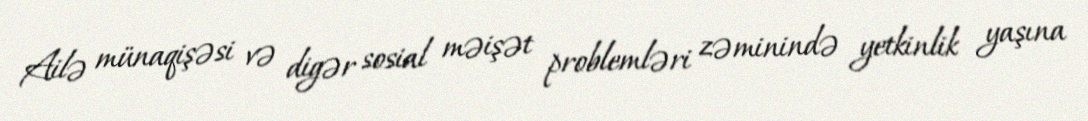
Ailə münaqişəsi və digər sosial məişət problemləri zəminində yetkinlik yaşına